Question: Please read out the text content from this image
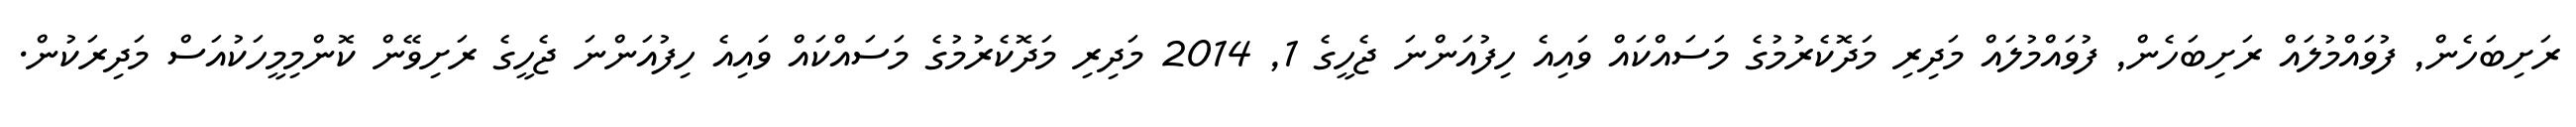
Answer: ރަށިބަހެން, ފުވައްމުލައް ރަށިބަހެން, ފުވައްމުލައް މަދިރި މަދޮކެރުމުގެ މަސައްކައް ވައިއެ ހިފުއަންނަ ޖެހީގެ 1, 2014 މަދިރި މަދޮކެރުމުގެ މަސައްކައް ވައިއެ ހިފުއަންނަ ޖެހީގެ ރަށިވޭން ކޮންމިމީހަކުއަސް މަދިރަކުން.